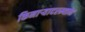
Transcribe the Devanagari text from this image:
किनाऱ्यादरम्यान